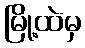
မြို့ထဲမှ